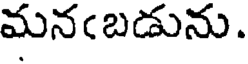
మనఁబడును.